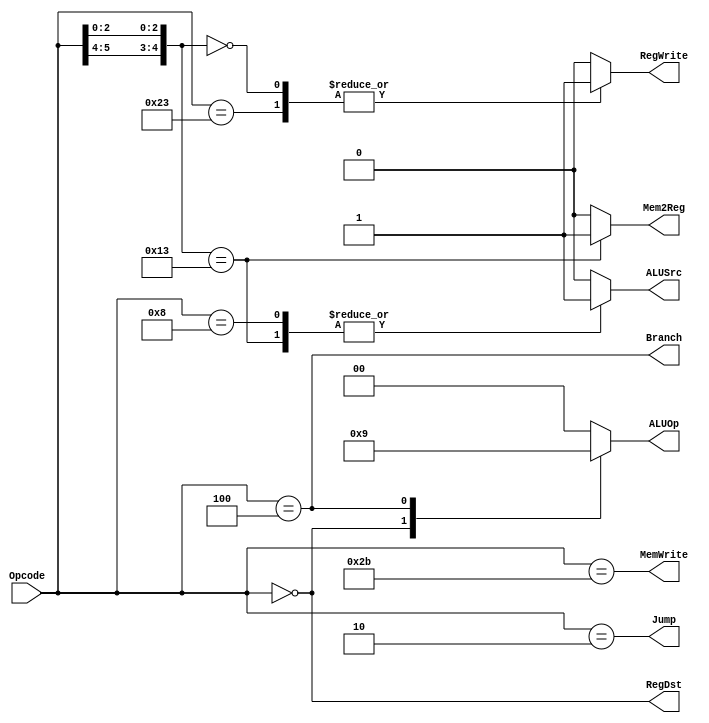
module MIPS_MainDecoder 
(
input wire [5:0] 	Opcode,
output reg			Mem2Reg,
output wire			MemWrite,
output wire			Branch,
output reg			ALUSrc,
output wire			RegDst,
output reg			RegWrite,
output wire			Jump,
output reg	[1:0]	ALUOp
);


assign Jump 	= (Opcode == 6'b000010);

assign MemWrite = (Opcode == 6'b101011);

assign RegDst 	= (Opcode == 6'b000000);

assign Branch 	= (Opcode == 6'b000100);


always @(*)
  begin
	casex(Opcode)
		6'b10x011: 	begin	Mem2Reg = 1'b1;		end
		default:	begin	Mem2Reg = 1'b0;		end
	endcase
  end
  
always @(*)
  begin
	case(Opcode)
		6'b000000: 	begin	ALUOp = 2'b10;		end
		6'b000100: 	begin	ALUOp = 2'b01;		end
		default:	begin	ALUOp = 2'b00;		end
	endcase
  end 
	
always @(*)
  begin
	casex(Opcode)
		6'b100011: 	begin	RegWrite = 1'b1;	end
		6'b00x000: 	begin	RegWrite = 1'b1;	end
		default:	begin	RegWrite = 1'b0;	end
	endcase
  end

always @(*)
  begin
	casex(Opcode)
		6'b10x011: 	begin	ALUSrc = 1'b1;		end
		6'b001000: 	begin	ALUSrc = 1'b1;		end
		default:	begin	ALUSrc = 1'b0;		end
	endcase
  end


endmodule